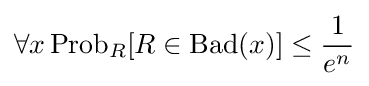
\forall x\,{\mbox{Prob}}_{R}[R\in {\mbox{Bad}}(x)]\leq {\frac {1}{e^{n}}}